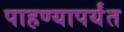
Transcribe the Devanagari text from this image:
पाहण्यापर्यंत